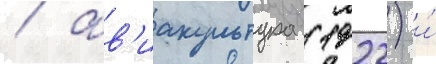
/ ав'иакультура (1922) и́